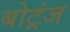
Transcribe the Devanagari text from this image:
बोट्रंज